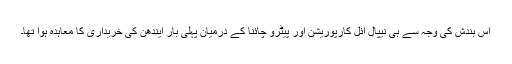
اس بندش کی وجہ سے ہی نیپال آئل کارپوریشن اور پیٹرو چائنا کے درمیان پہلی بار ایندھن کی خریداری کا معاہدہ ہوا تھا۔